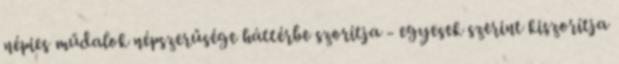
népies műdalok népszerűsége háttérbe szorítja - egyesek szerint kiszorítja